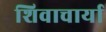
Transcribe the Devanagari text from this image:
शिवाचार्या